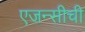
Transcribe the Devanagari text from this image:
एजन्सीची